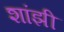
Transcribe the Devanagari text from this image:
शांझी